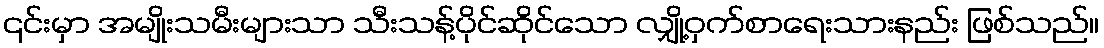
၎င်းမှာ အမျိုးသမီးများသာ သီးသန့်ပိုင်ဆိုင်သော လျှို့ဝှက်စာရေးသားနည်း ဖြစ်သည်။